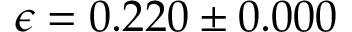
\epsilon = 0 . 2 2 0 \pm 0 . 0 0 0